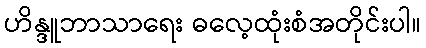
ဟိန္ဒူဘာသာရေး ဓလေ့ထုံးစံအတိုင်းပါ။